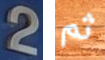
2 ثم